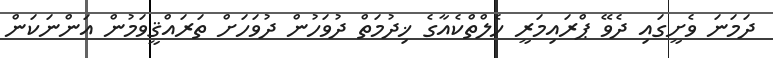
ދަމަނަ ވެށީގައި ދެވޭ ޕްރައިމަރީ ހެލްތްކެއާގެ ޚިދުމަތް ދުވަހުން ދުވަހަށް ތަރައްޤީވަމުން އަންނަކަން